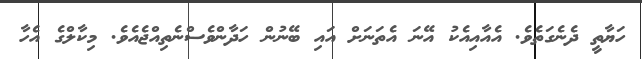
ހަޔާތީ ދެނެގަތެވެ. އެއާއިއެކު އޭނަ އެތަނަށް އައި ބޭނުން ހަދާންވެސްނެތިއްޖެއެވެ. މިކާލްގެ އެހާ